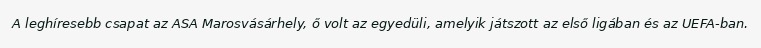
A leghíresebb csapat az ASA Marosvásárhely, ő volt az egyedüli, amelyik játszott az első ligában és az UEFA-ban.